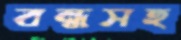
বন্ধসহ